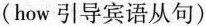
(how 引导宾语从句)